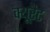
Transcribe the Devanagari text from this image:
क्यूरैट